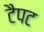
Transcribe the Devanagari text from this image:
टैपट